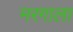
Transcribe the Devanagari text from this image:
मरगाला